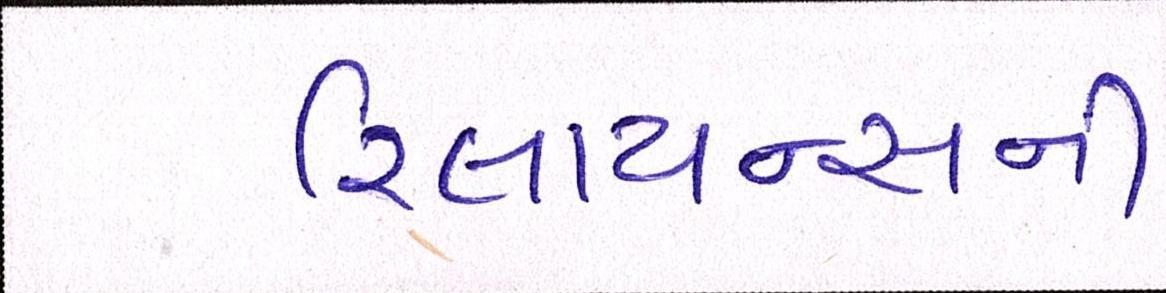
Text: રિલાયન્સની